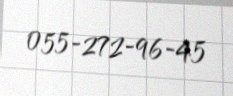
055-272-96-45